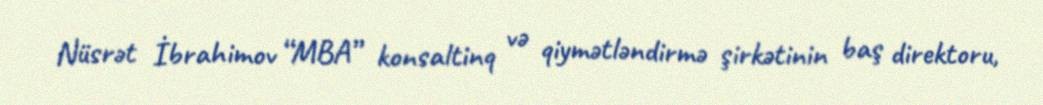
Nüsrət İbrahimov “MBA” konsaltinq və qiymətləndirmə şirkətinin baş direktoru,